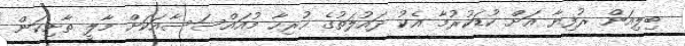
ބިލިއަން ރުފިޔާ އަށް ކުޑަކުރުމާ އެކު ދައުލަތުގެ ހުރިހާ މުއައްސަސާއަކަށް މާލީ ތާށިކަން